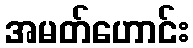
အမတ်ဟောင်း